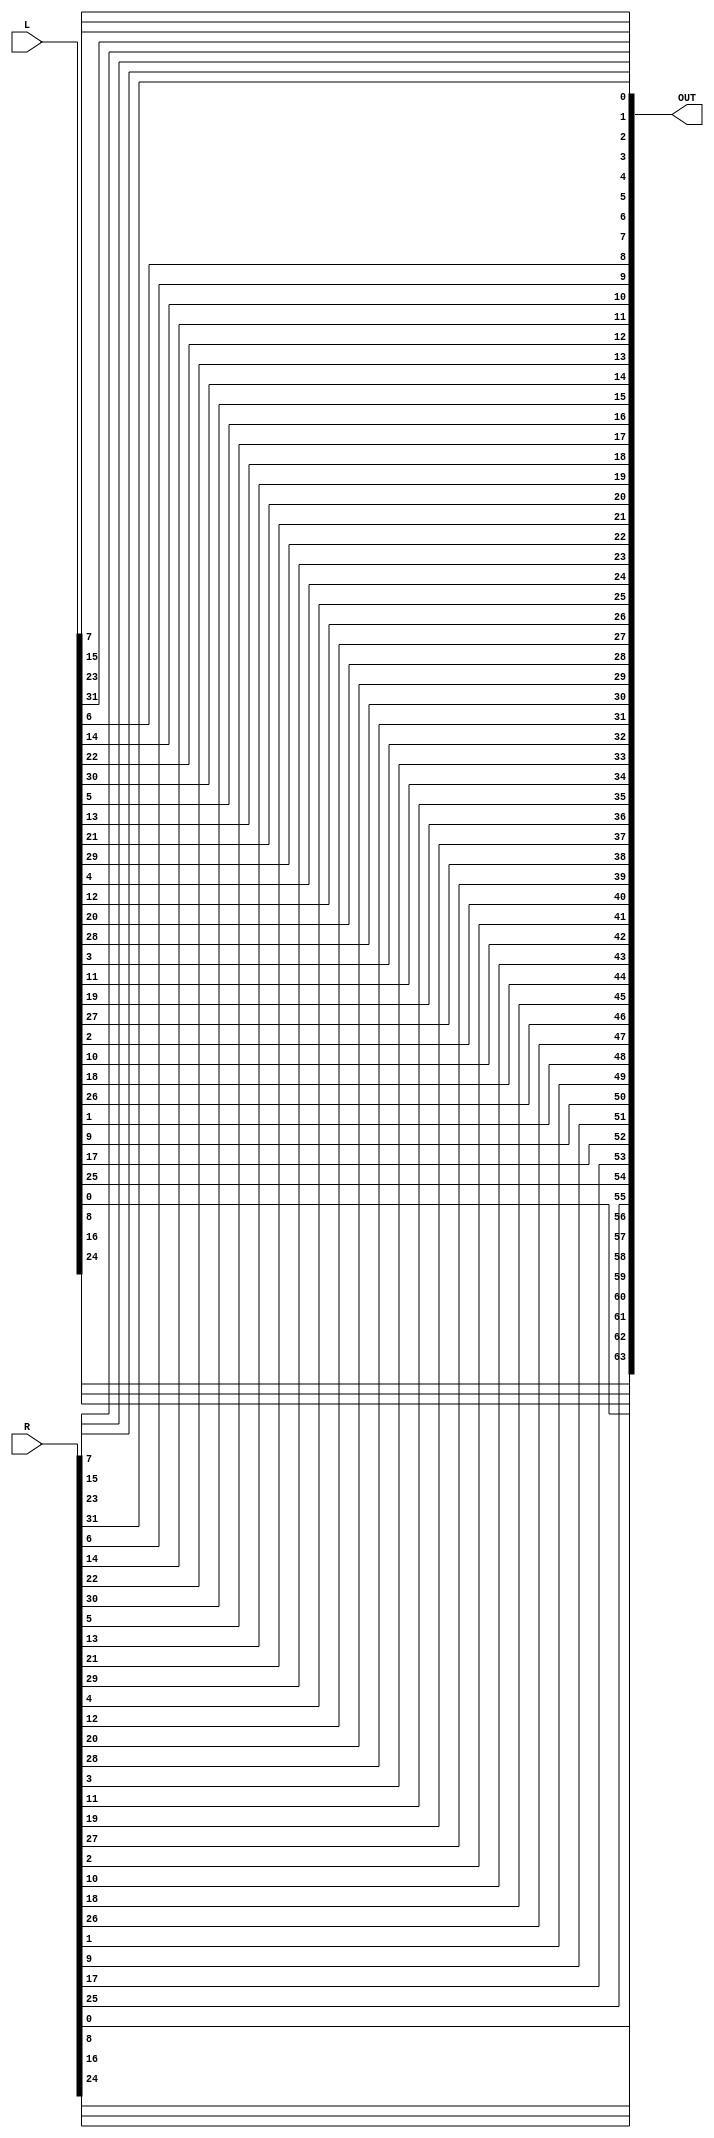
`timescale 1ns / 1ps

module Final_Permutation(output reg [1:64] OUT, input [1:32] L,input [1:32] R );
wire [1:64] IN = {L,R};
always @(IN)
    begin 
        OUT[01] <= IN[40];
        OUT[02] <= IN[08];
        OUT[03] <= IN[48];
        OUT[04] <= IN[16];
        OUT[05] <= IN[56];
        OUT[06] <= IN[24];
        OUT[07] <= IN[64];
        OUT[08] <= IN[32];
        
        OUT[09] <= IN[39];
        OUT[10] <= IN[07];
        OUT[11] <= IN[47];
        OUT[12] <= IN[15];
        OUT[13] <= IN[55];
        OUT[14] <= IN[23];
        OUT[15] <= IN[63];
        OUT[16] <= IN[31];
        OUT[17] <= IN[38];
        OUT[18] <= IN[06];
        OUT[19] <= IN[46];
        OUT[20] <= IN[14];
        OUT[21] <= IN[54];
        OUT[22] <= IN[22];
        OUT[23] <= IN[62];
        OUT[24] <= IN[30];
        
        OUT[25] <= IN[37];
        OUT[26] <= IN[05];
        OUT[27] <= IN[45];
        OUT[28] <= IN[13];
        OUT[29] <= IN[53];
        OUT[30] <= IN[21];
        OUT[31] <= IN[61];
        OUT[32] <= IN[29];
        
        OUT[33] <= IN[36];
        OUT[34] <= IN[04];
        OUT[35] <= IN[44];
        OUT[36] <= IN[12];
        OUT[37] <= IN[52];
        OUT[38] <= IN[20];
        OUT[39] <= IN[60];
        OUT[40] <= IN[28];
        OUT[41] <= IN[35];
        OUT[42] <= IN[03];
        OUT[43] <= IN[43];
        OUT[44] <= IN[11];
        OUT[45] <= IN[51];
        OUT[46] <= IN[19];
        OUT[47] <= IN[59];
        OUT[48] <= IN[27];
        
        OUT[49] <= IN[34];
        OUT[50] <= IN[02];
        OUT[51] <= IN[42];
        OUT[52] <= IN[10];
        OUT[53] <= IN[50];
        OUT[54] <= IN[18];
        OUT[55] <= IN[58];
        OUT[56] <= IN[26];
        
        OUT[57] <= IN[33];
        OUT[58] <= IN[01];
        OUT[59] <= IN[41];
        OUT[60] <= IN[09];
        OUT[61] <= IN[49];
        OUT[62] <= IN[17];
        OUT[63] <= IN[57];
        OUT[64] <= IN[25];
    end
endmodule